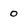
Character: 0